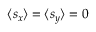
\langle s _ { x } \rangle = \langle s _ { y } \rangle = 0